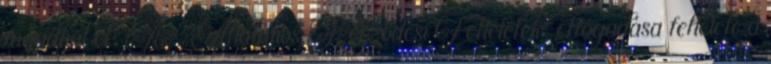
fogadhat el. Az „Általános Szerződési Feltételek” elfogadása feltétele a